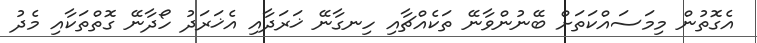
އެގޮތުން މިމަސައްކަތަށް ބޭނުންވާނޭ ތަކެއްޗާއި ހިނގާނޭ ޚަރަދާއި އެޚަރަދު ހޯދާނޭ ގޮތްތަކާއި މެދު